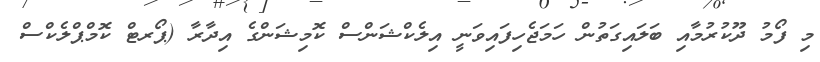
މި ފޯމު ދޫކުރުމާއި ބަލައިގަތުން ހަމަޖެހިފައިވަނީ އިލެކްޝަންސް ކޮމިޝަންގެ އިދާރާ (ޕޯރޓް ކޮމްޕްލެކްސް